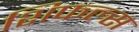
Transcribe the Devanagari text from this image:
शिफल्स